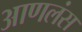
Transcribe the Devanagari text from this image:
आणलंस